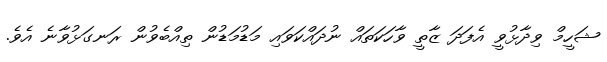
ޝަހީމް ވިދާޅުވީ އެފަދަ ޒާތީ ވާހަކަތައް ނުދައްކަވައި މަަޑުމަޑުން ތިއްބެވުން ރަނގަޅުވާނެ އެވެ.